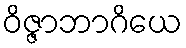
ဝိဇ္ဇာဘာဂိယေ